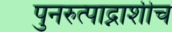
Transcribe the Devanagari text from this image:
पुनरुत्पाद्नाशीच